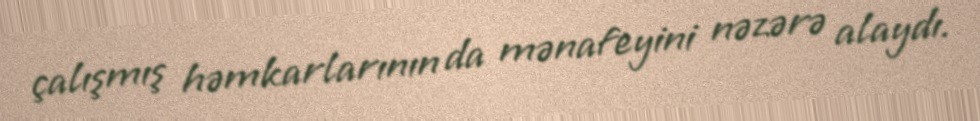
çalışmış həmkarlarının da mənafeyini nəzərə alaydı.